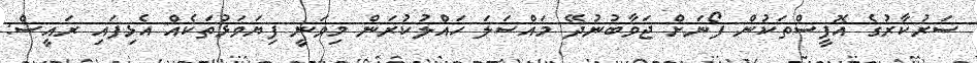
ސަރުކާރުގެ އޮފީސްތަކުން ފޯނަށް ޖަވާބުނުދޭ މައްސަލަ ހައްލުކުރަން މިވަނީ ފިޔަވަޅުތަކެއް އެޅިފައި ރައީސް: